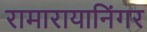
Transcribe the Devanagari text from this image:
रामारायानिंगर